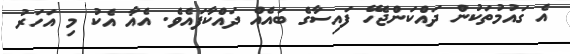
އެ ގައުމުތަކުން ދައްކަންޖެހޭ ފައިސާގެ ބައެއް ދައްކާފައެވެ. އެއާ އެކު މި އަހަރު